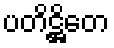
ပတိဋ္ဌိတေ